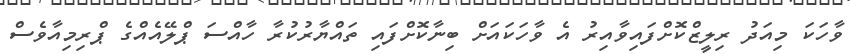
ވާހަކަ މިއަދު ރިލީޒްކޮށްފައިވާއިރު އެ ވާހަކައަށް ބިނާކޮށްފައި ތައްޔާރުކުރާ ހާއްސަ ޕްލޭއެއްގެ ޕްރިމިއާވެސް